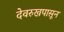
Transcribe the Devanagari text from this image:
देवरुखपासून